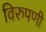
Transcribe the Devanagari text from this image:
विरुपणी